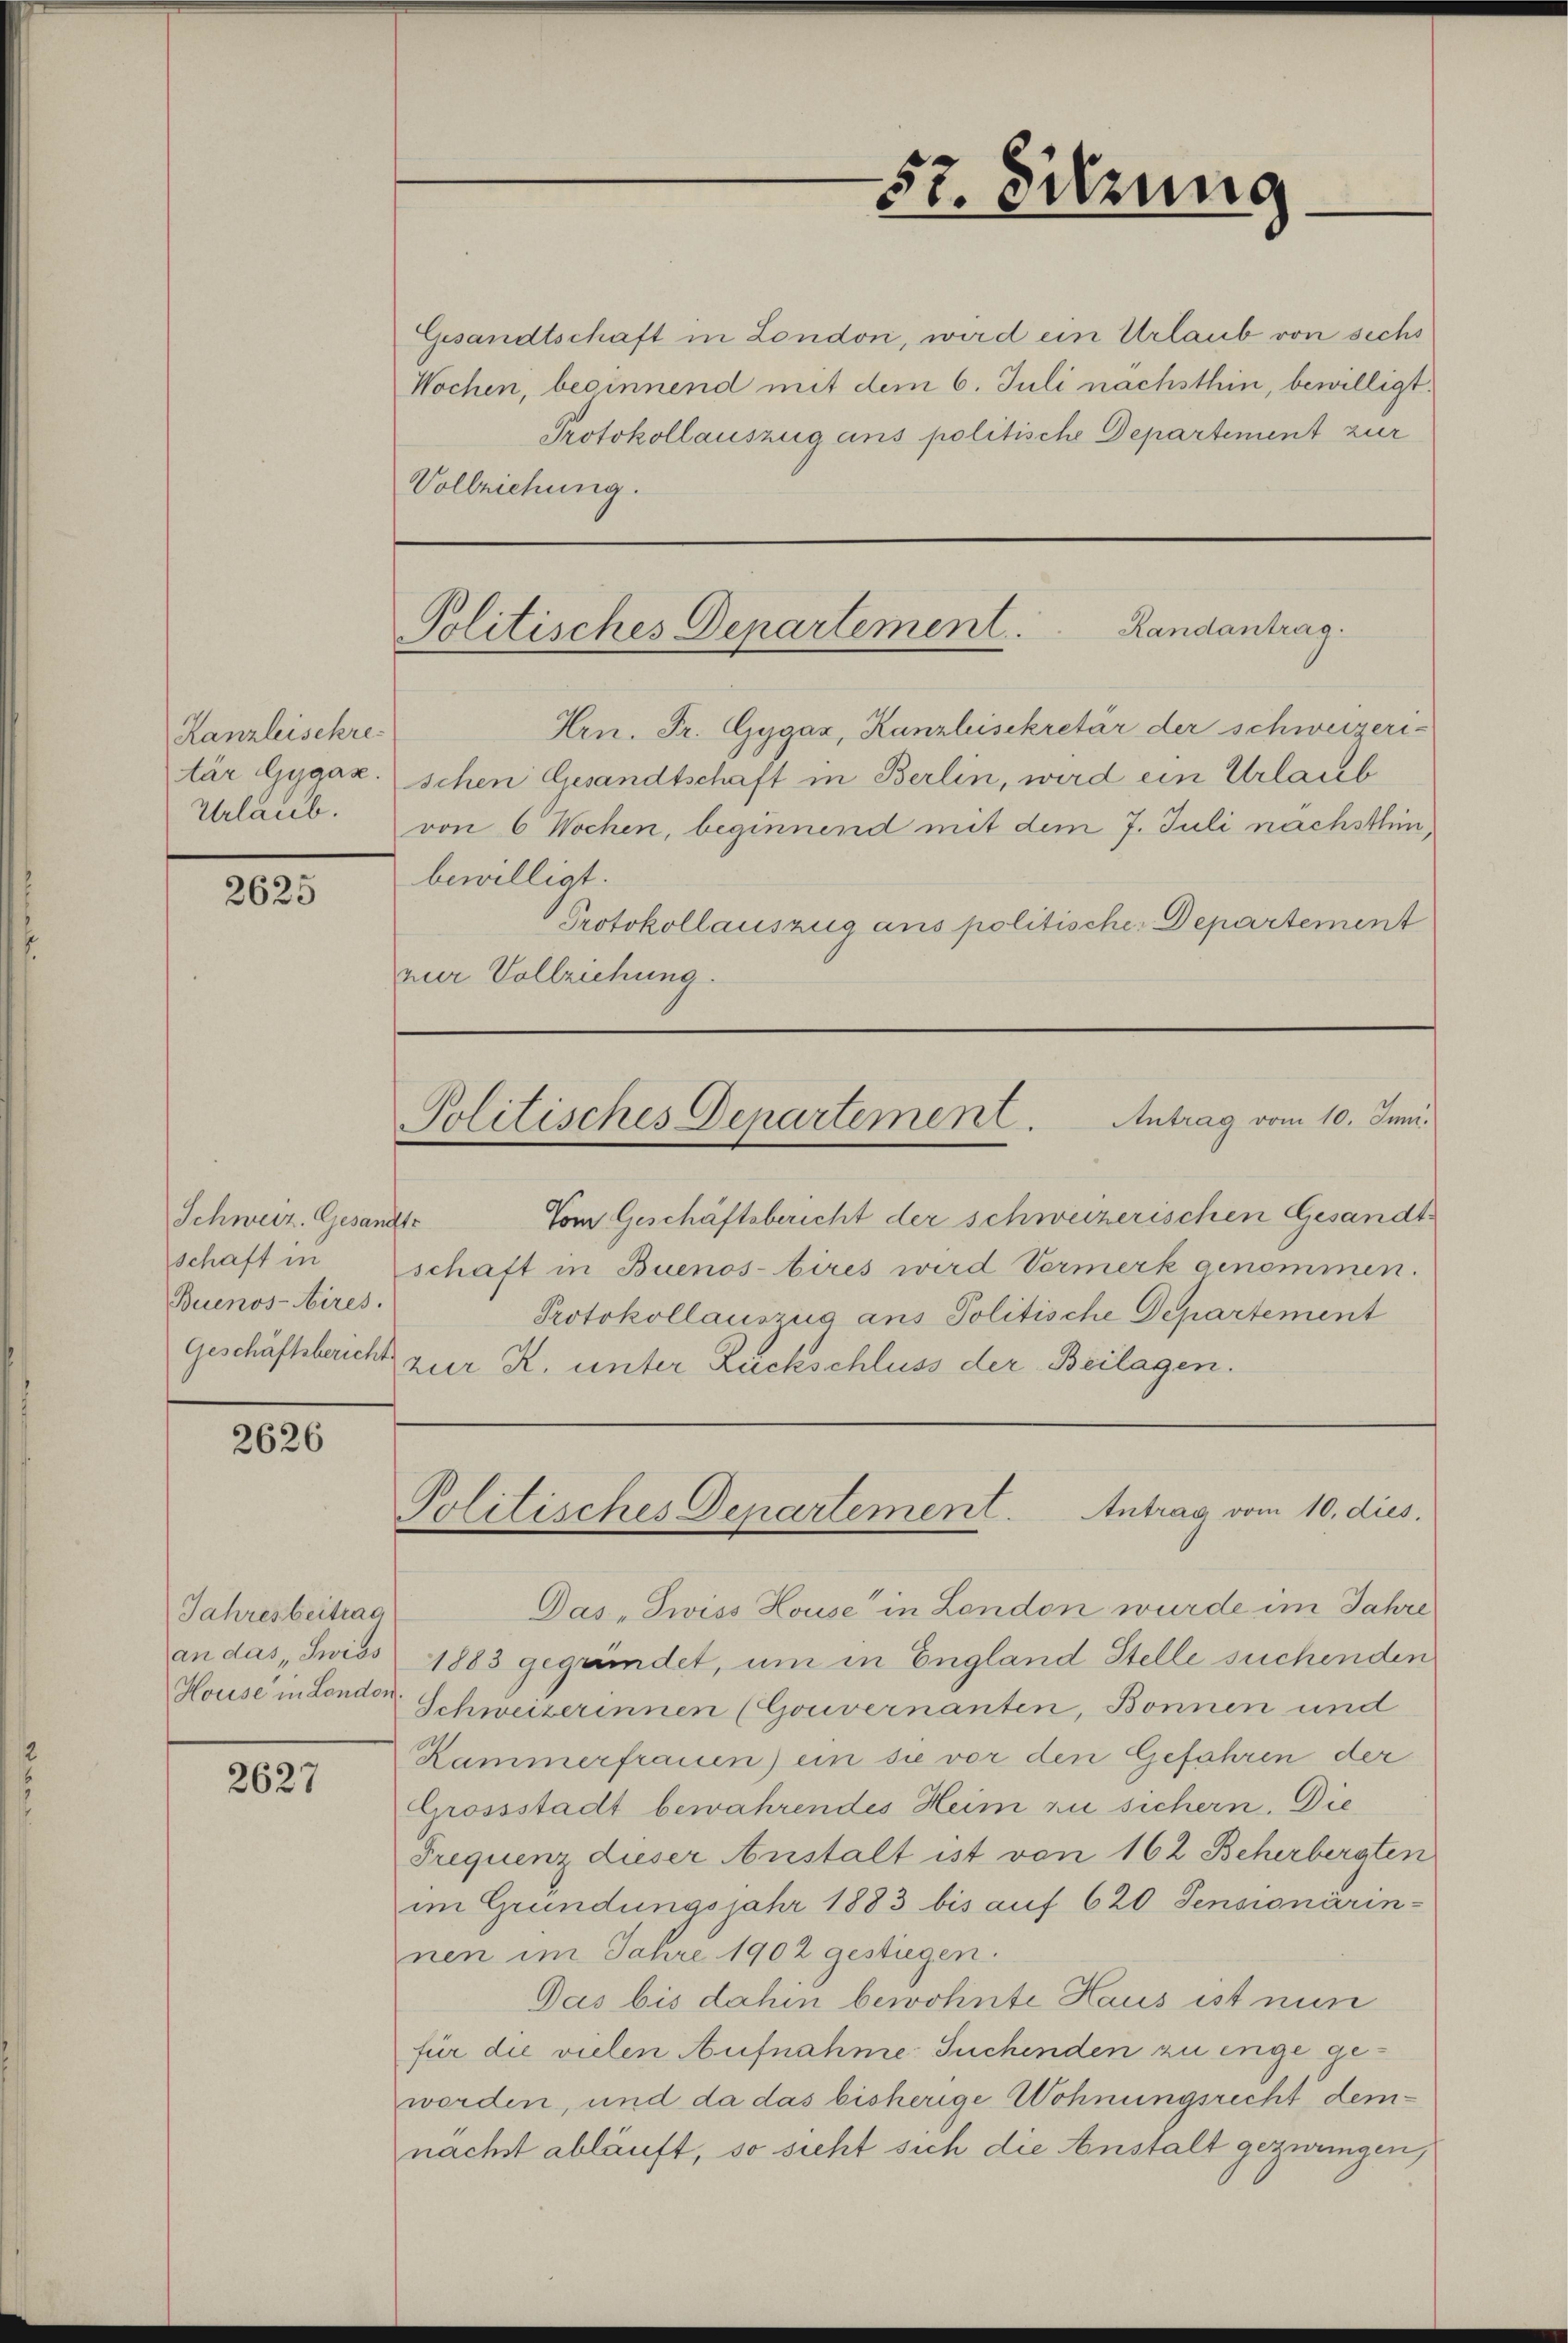
Kanzleisekre
Urlaub.

2625

Schweiz. Gesandte
schaft in
Buenos-Aires.
Geschäftsbericht

2626

Jahresbeitrag
an das Swiss
Houise in London

2627

Gesandtschaft in London, wird ein Urlaub von sechs
Wochen, besinnend mit dem 6. Juli nachsthin, bewilligt.
Protokollauszug ans politische Departement zur
Vollziehung.

Hrn. Fr. Gygaz, Kanzleisekretär der schweizeris
tär Gygaz. schen Gesandtschaft in Berlin, wird ein Urlaub
von 6 Wochen, beginnend mit dem 7. Juli nachsthin,
bewilligt.
Protokollauszug aus politische Departement
zier Vollziehung.

57. Sitzung

Politisches Departement.            Randantrag

Politisches Departement. Antrag vom 10. Juni.

Politisches Departement. Antrag vom 10. dies.

Vom Geschäftsbericht der schweizerischen Gesandtschaft in Buenos-bires wird Vormerk genommen.
Protokollauszug ans Politische Departement
zur K. unter Ruckschluss der Beilagen.

Das „Swiss House in London wurde im Jahre
1883 gegründet, um in England Stelle suchenden
Schweizerinnen (Gouvernanten, Bonnen und
Kammerfrauen) ein sie vor den Gefahren der
Grossstadt bewahrendes Heim zu sichern. Die
Trequenz dieser Anstalt ist von 162 Beherbergten
im Gründungsjahr 1883 bis auf 620 Sensionärin-
nen im Jahre 1902 gestiegen.
Das bis dahin bewohnte Haus ist nun
für die vielen Aufnahme Suchenden zu enge geworden, und da das bisherige Wohnungsrecht dem
nachst abläuft, so sicht sich die Anstalt gezwungen,